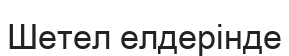
Шетел елдерінде